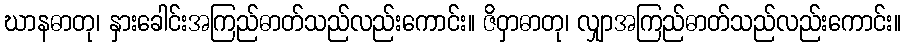
ဃာနဓာတု၊ နှားခေါင်းအကြည်ဓာတ်သည်လည်းကောင်း။ ဇိဝှာဓာတု၊ လျှာအကြည်ဓာတ်သည်လည်းကောင်း။